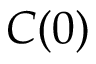
C ( 0 )